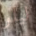
ليلو